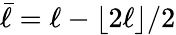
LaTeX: \bar{\ell}=\ell-\lfloor 2\ell\rfloor/2